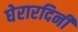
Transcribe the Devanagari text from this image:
घेरारदिनी